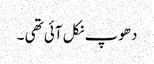
دھوپ نکل آئی تھی ۔